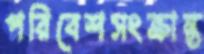
পরিবেশসংক্রান্ত